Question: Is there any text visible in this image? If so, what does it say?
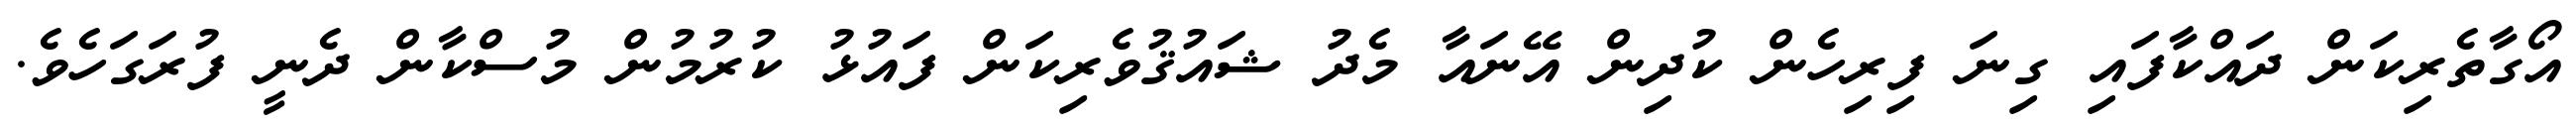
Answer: އޯގާތެރިކަން ދައްކާފައި ގިނަ ފިރިހެން ކުދިން އޭނައާ މެދު ޝައުޤުވެރިކަން ފައުޅު ކުރުމުން މުސްކާން ދެނީ ފުރަގަހެވެ.